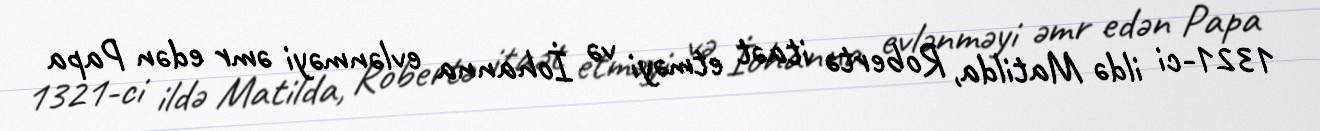
1321-ci ildə Matilda, Robertə itaət etməyi və İohanna evlənməyi əmr edən Papa